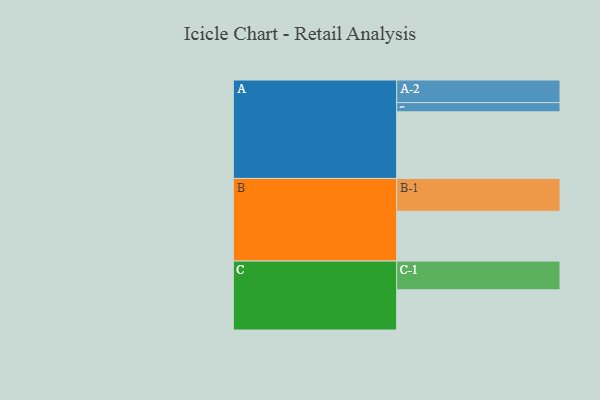
{"axis": {"x": "Segment", "y": "Value"}, "legend": ["", "A", "B", "C"], "data": [{"x": "A", "y": 591, "type": ""}, {"x": "B", "y": 442, "type": ""}, {"x": "C", "y": 357, "type": ""}, {"x": "A-1", "y": 82, "type": "A"}, {"x": "A-2", "y": 201, "type": "A"}, {"x": "B-1", "y": 292, "type": "B"}, {"x": "C-1", "y": 255, "type": "C"}]}